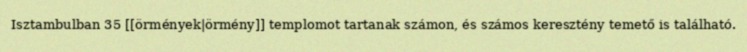
Isztambulban 35 [[örmények|örmény]] templomot tartanak számon, és számos keresztény temető is található.